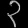
Digit: ၃